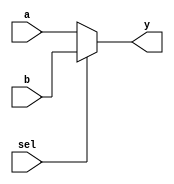
module mux2to1 (
    input wire a,      // Input signal a
    input wire b,      // Input signal b
    input wire sel,    // Select signal
    output reg y       // Output signal y
);

// Combinational logic block
always @(*) begin
    if (sel) begin
        y = b;  // If sel is high, output b
    end else begin
        y = a;  // If sel is low, output a
    end
end

endmodule